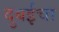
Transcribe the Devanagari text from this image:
दुबईचा